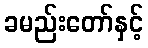
ခမည်းတော်နှင့်